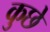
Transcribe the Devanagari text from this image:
कुछे